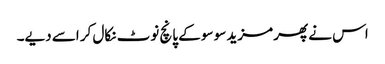
اس نے پھر مزید سو سو کے پانچ نوٹ نکال کر اسے دیے۔